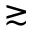
\gtrsim